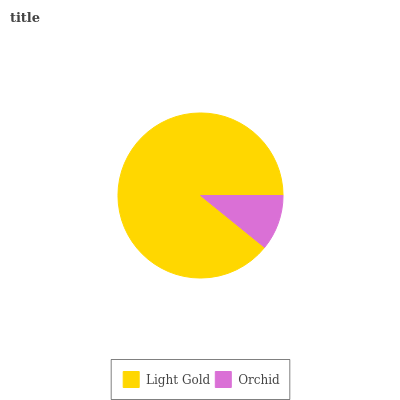
| Light Gold | Orchid |
 | --- | --- |
 | 89.2% | 10.8% |